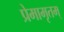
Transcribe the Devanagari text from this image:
प्रेमामृतम्